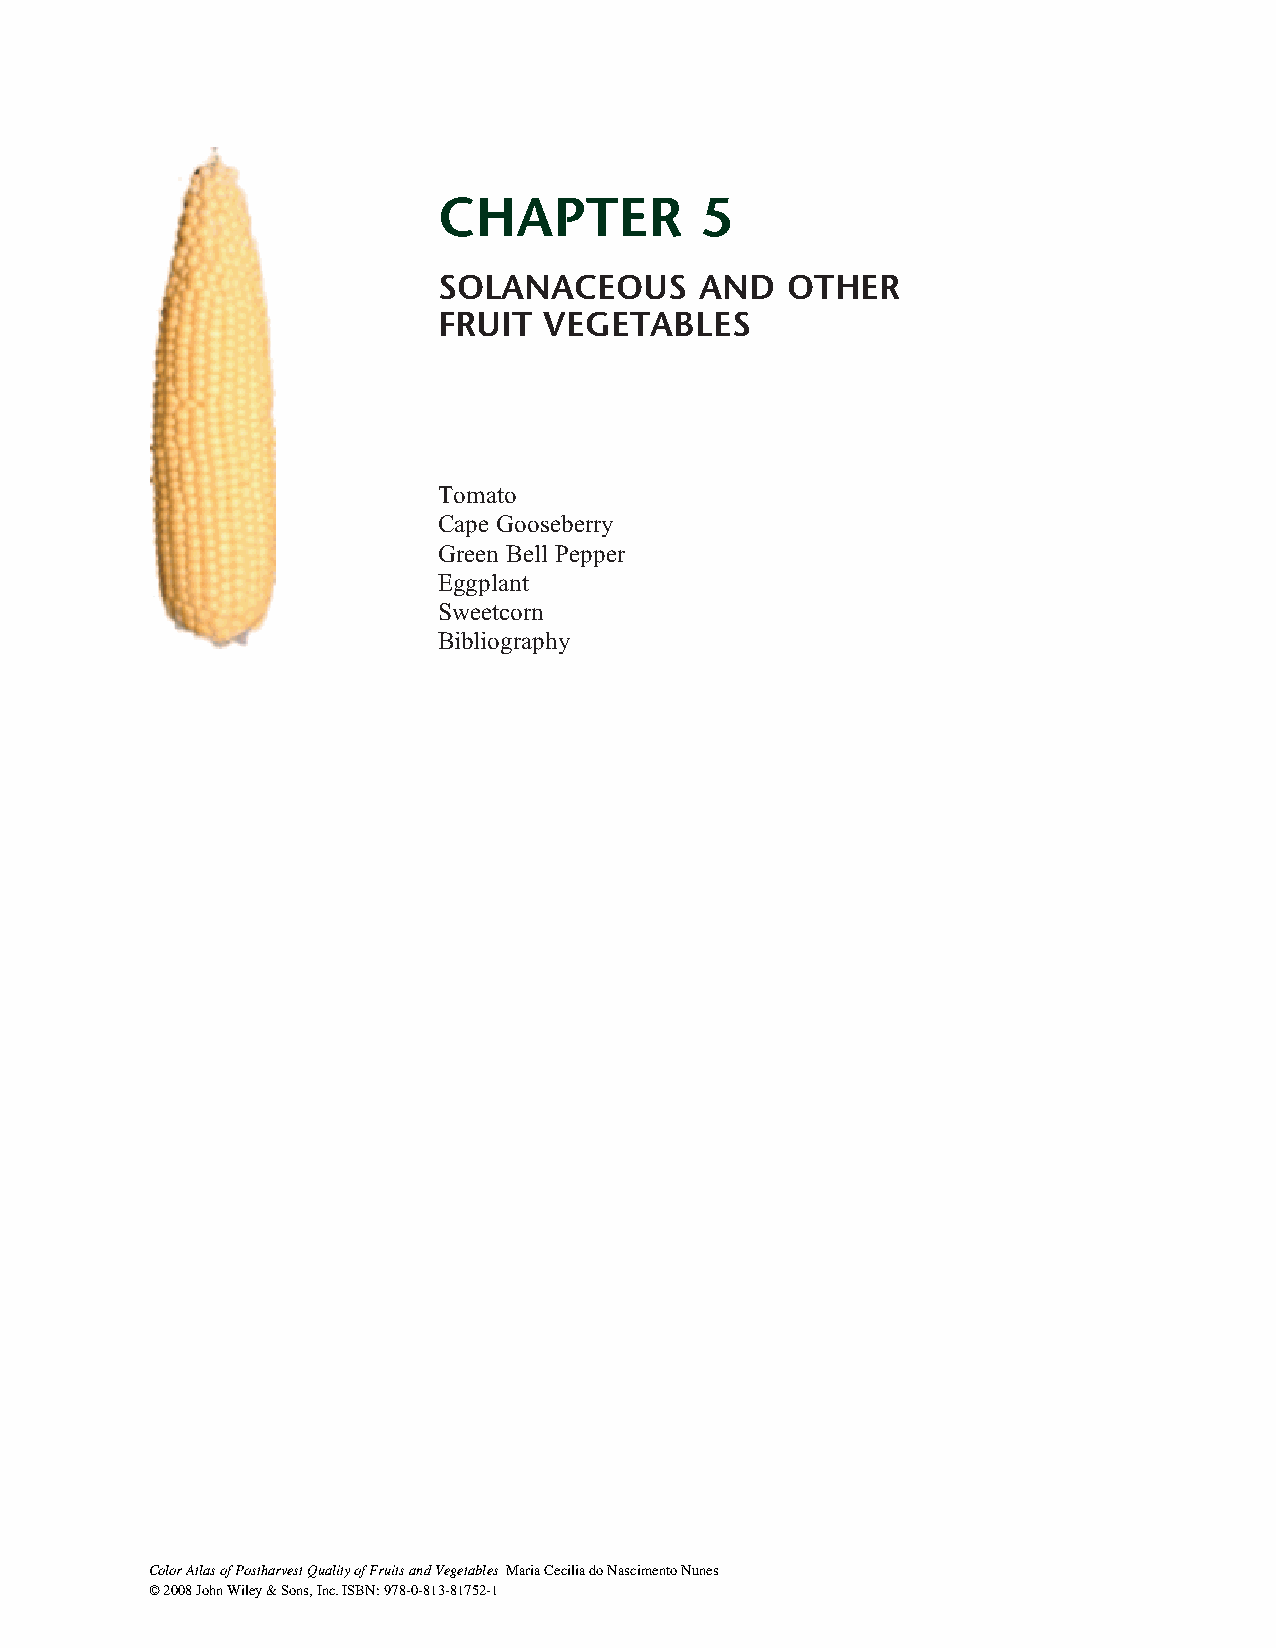
CHAPTER          5
 SOLANACEOUS      AND   OTHER
 FRUIT  VEGETABLES
 Tomato
 Cape Gooseberry
 Green Bell Pepper
 Eggplant
 Sweetcorn
 Bibliography
 Color Atlas of Postharvest Quality of Fruits and Vegetables Maria Cecilia do Nascimento Nunes
 © 2008 John Wiley & Sons, Inc. ISBN: 978-0-813-81752-1